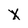
Character: X